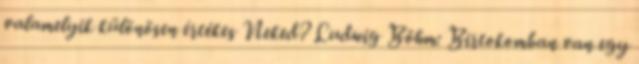
valamelyik különösen értékes Neked? Ludwig Böhm: Birtokomban van egy